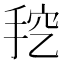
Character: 𰓦